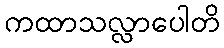
ကထာသလ္လာပေါတိ